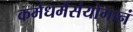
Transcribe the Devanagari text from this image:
कर्मधर्मसंयोगानं